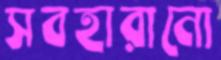
সবহারানো